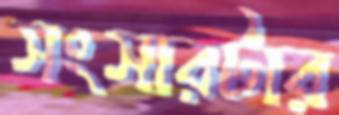
সংসারটার